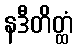
နဒီတိတ္ထံ